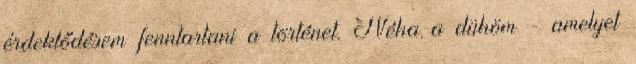
érdeklődésem fenntartani a történet. Néha a dühöm - amelyet